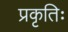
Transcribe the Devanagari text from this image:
प्रकृतिः